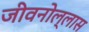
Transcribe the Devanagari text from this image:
जीवनोल्लास